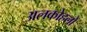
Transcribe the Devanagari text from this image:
अलकोहलों